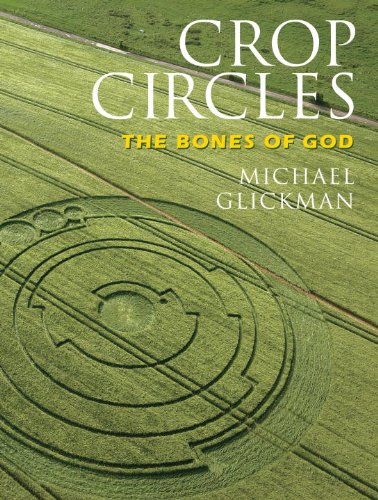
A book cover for Crop Circles: The Bones of God; Michael Glickman; Science & Math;